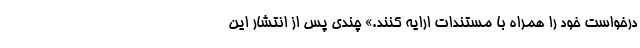
درخواست خود را همراه با مستندات ارایه کنند.» چندی پس از انتشار این